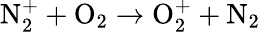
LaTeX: \mathrm{N_{2}^{+}+O_{2}\to O_{2}^{+}+N_{2}}